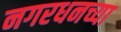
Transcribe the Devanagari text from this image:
नगरधनच्या